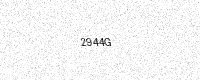
Text: 2944G